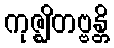
ကုဇ္ဈိတဗ္ဗန္တိ